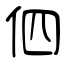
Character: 伵